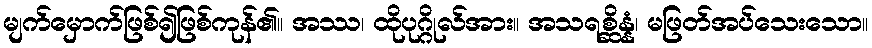
မျက်မှောက်ဖြစ်၍ဖြစ်ကုန်၏။ အဿ၊ ထိုပုဂ္ဂိုလ်အား။ အသရစ္ဆိန္နံ၊ မဖြတ်အပ်သေးသော။